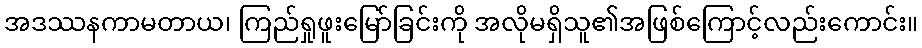
အဒဿနကာမတာယ၊ ကြည်ရှုဖူးမြော်ခြင်းကို အလိုမရှိသူ၏အဖြစ်ကြောင့်လည်းကောင်း။